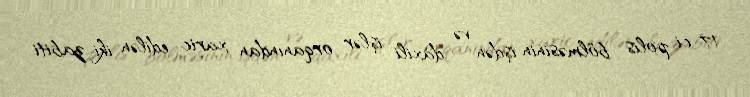
17-ci polis bölməsinin işdən və daxili işlər orqanından xaric edilən iki zabiti